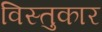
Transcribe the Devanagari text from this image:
विस्तुकार